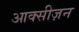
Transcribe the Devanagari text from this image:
आक्सीज़न